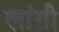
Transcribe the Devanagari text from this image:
लांग्री